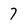
Character: 7